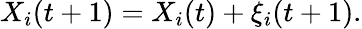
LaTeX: X_{i}(t+1)=X_{i}(t)+\xi_{i}(t+1).